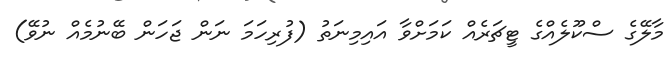
މާލޭގެ ސްކޫލެއްގެ ޓީޗަރެއް ކަމަށްވާ އައިމިނަތު (ފުރިހަމަ ނަން ޖަހަން ބޭނުމެއް ނުވޭ)